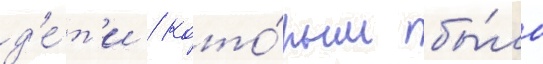
д'е́т'и / кото́рым бы́ло